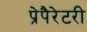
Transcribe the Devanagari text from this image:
प्रेपैरेटरी